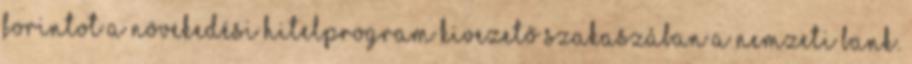
forintot a növekedési hitelprogram kivezető szakaszában a nemzeti bank.